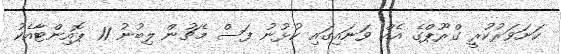
ކަށަވަރުކުރީ ގްރޫޕްގެ އެއް ވަނައިގައި ކުޅުނު ފަސް މެޗުން ލިބުނު 11 ޕޮއިންޓާއެކު